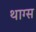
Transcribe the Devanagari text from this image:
थाग्स